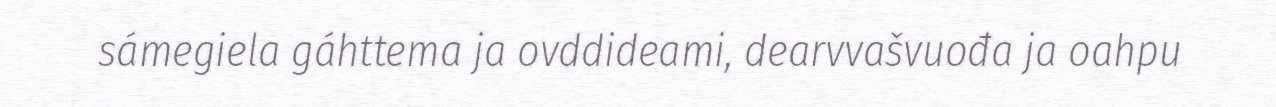
sámegiela gáhttema ja ovddideami, dearvvašvuođa ja oahpu